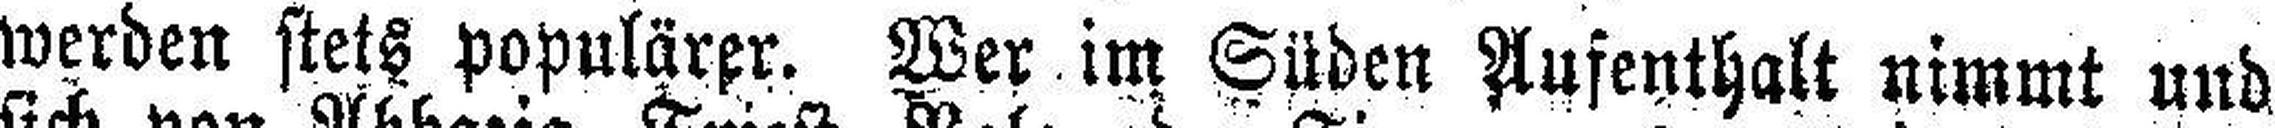
werden stets populärer. Wer im Süden Aufenthalt nimmt und